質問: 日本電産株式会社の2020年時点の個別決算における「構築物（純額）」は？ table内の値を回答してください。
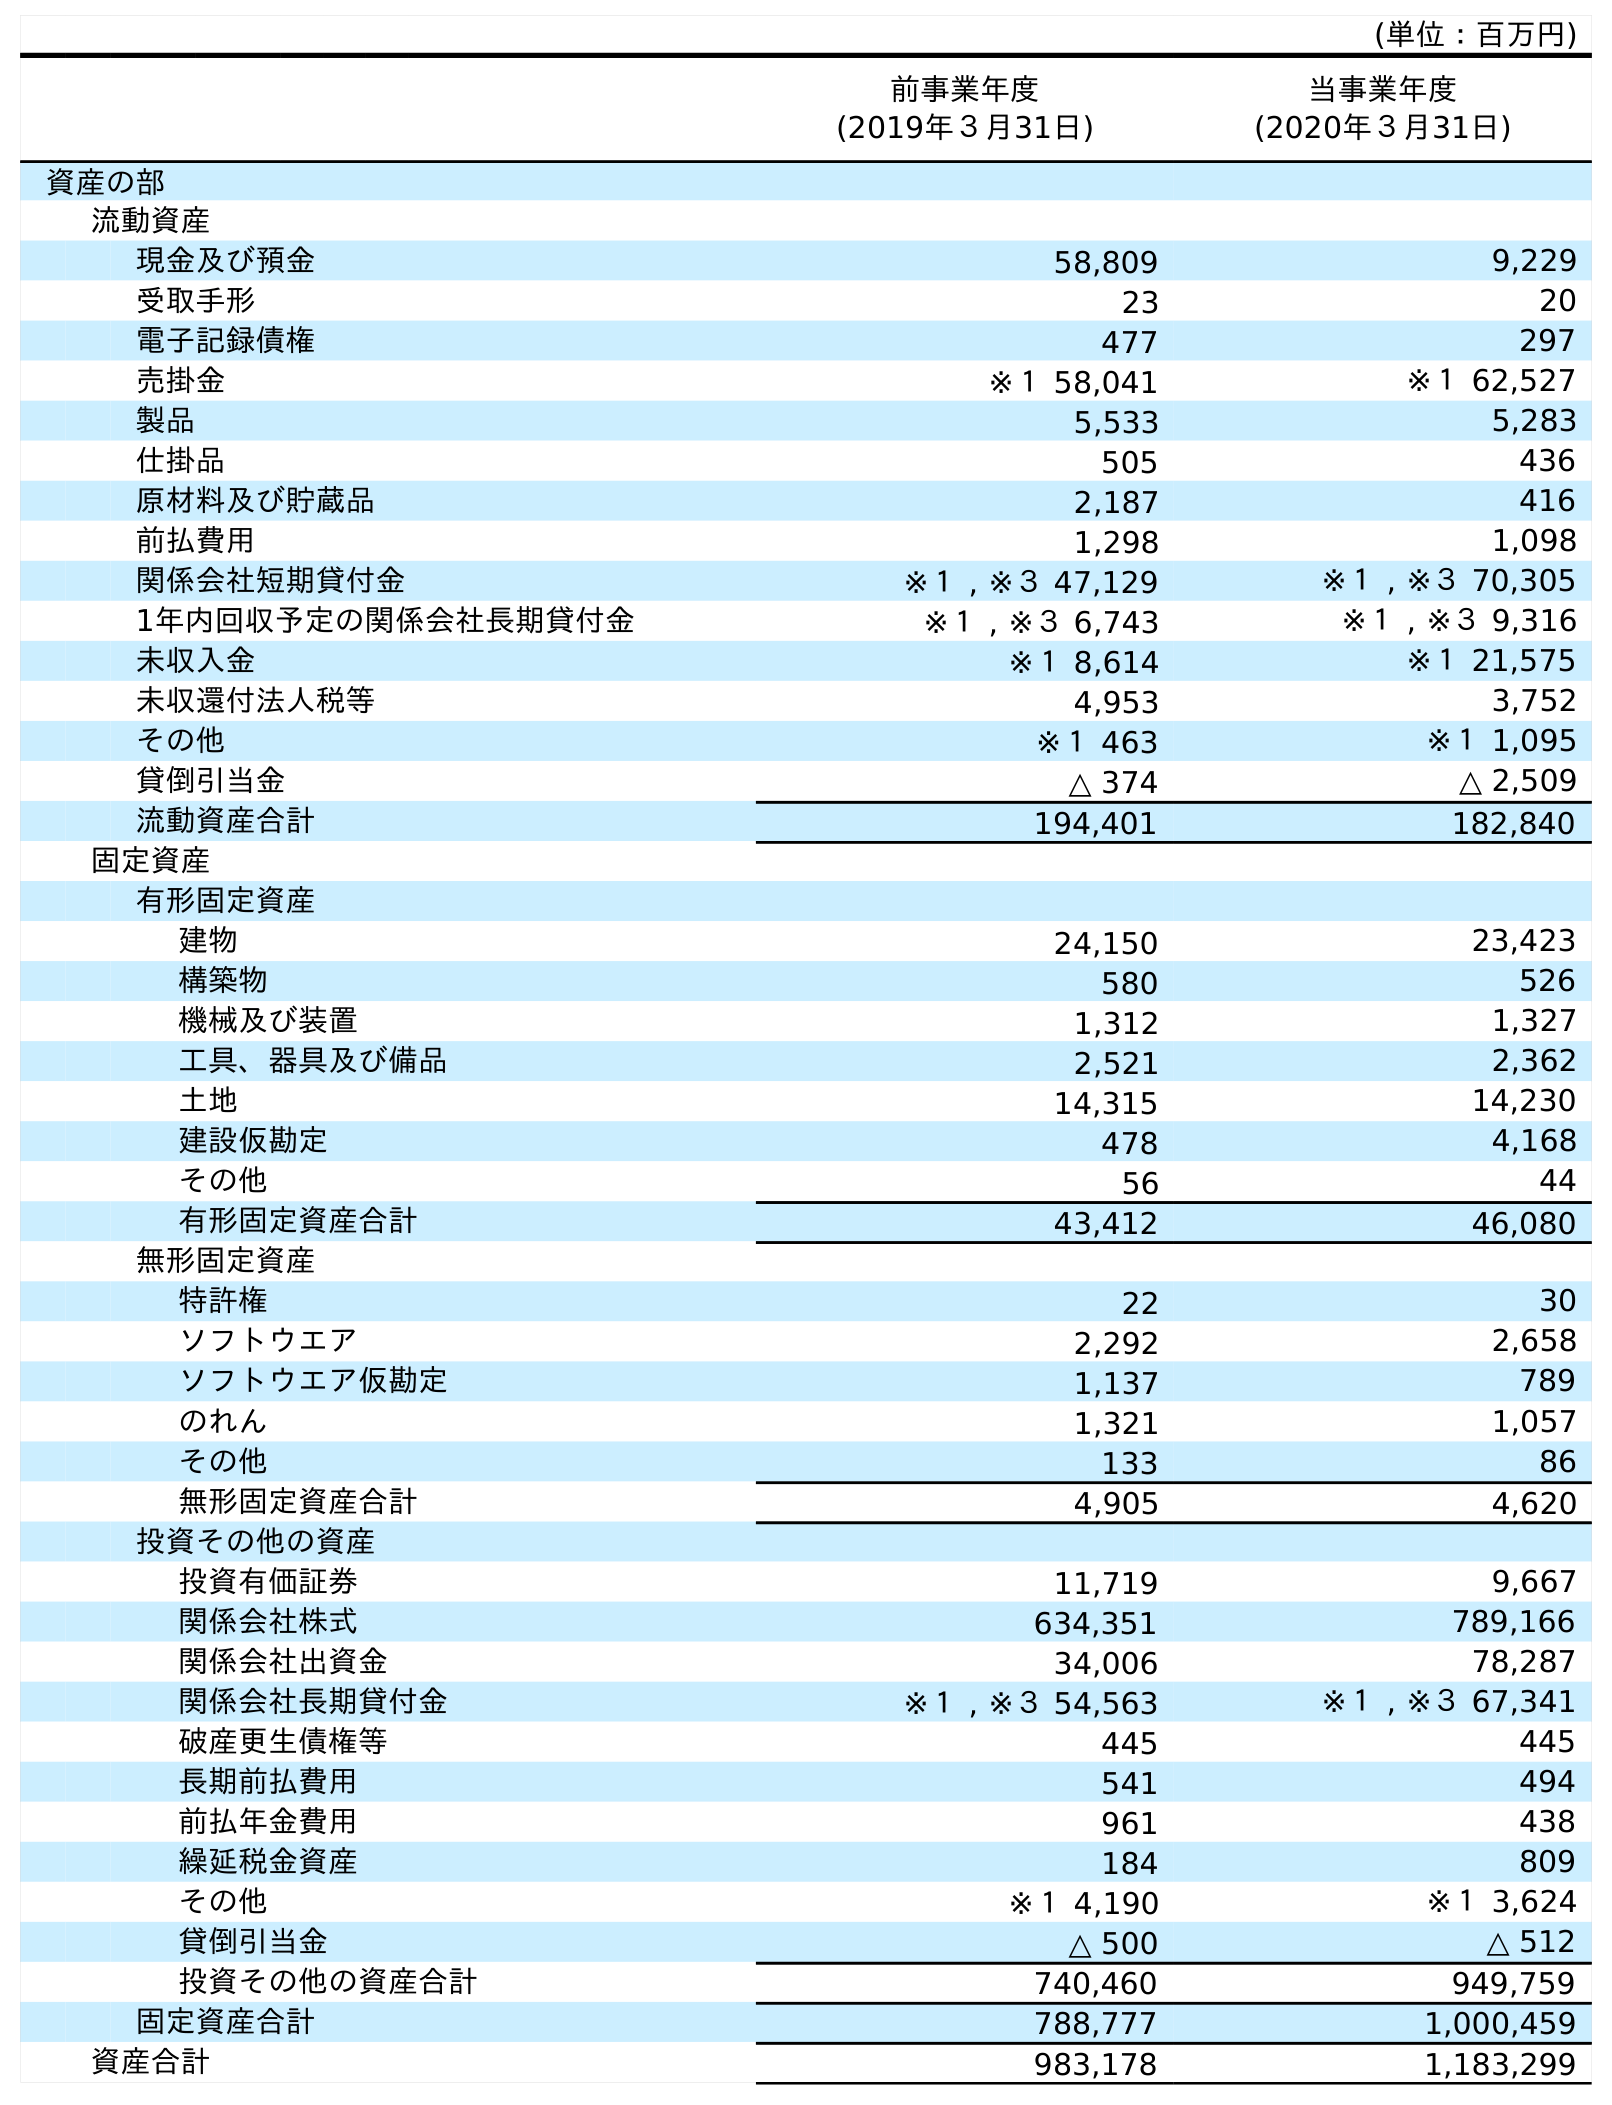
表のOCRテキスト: (単位：百万円) 前事業年度 (2019年３月31日) 当事業年度 (2020年３月31日) 資産の部 流動資産 現金及び預金 58,809 9,229 受取手形 23 20 電子記録債権 477 297 売掛金 ※１ 58,041 ※１ 62,527 製品 5,533 5,283 仕掛品 505 436 原材料及び貯蔵品 2,187 416 前払費用 1,298 1,098 関係会社短期貸付金 ※１ , ※３ 47,129 ※１ , ※３ 70,305 1年内回収予定の関係会社長期貸付金 ※１ , ※３ 6,743 ※１ , ※３ 9,316 未収入金 ※１ 8,614 ※１ 21,575 未収還付法人税等 4,953 3,752 その他 ※１ 463 ※１ 1,095 貸倒引当金 △ 374 △ 2,509 流動資産合計 194,401 182,840 固定資産 有形固定資産 建物 24,150 23,423 構築物 580 526 機械及び装置 1,312 1,327 工具、器具及び備品 2,521 2,362 土地 14,315 14,230 建設仮勘定 478 4,168 その他 56 44 有形固定資産合計 43,412 46,080 無形固定資産 特許権 22 30 ソフトウエア 2,292 2,658 ソフトウエア仮勘定 1,137 789 のれん 1,321 1,057 その他 133 86 無形固定資産合計 4,905 4,620 投資その他の資産 投資有価証券 11,719 9,667 関係会社株式 634,351 789,166 関係会社出資金 34,006 78,287 関係会社長期貸付金 ※１ , ※３ 54,563 ※１ , ※３ 67,341 破産更生債権等 445 445 長期前払費用 541 494 前払年金費用 961 438 繰延税金資産 184 809 その他 ※１ 4,190 ※１ 3,624 貸倒引当金 △ 500 △ 512 投資その他の資産合計 740,460 949,759 固定資産合計 788,777 1,000,459 資産合計 983,178 1,183,299
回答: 526